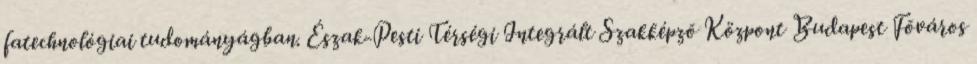
fatechnológiai tudományágban. Észak-Pesti Térségi Integrált Szakképzõ Központ Budapest Fõváros